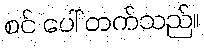
စင် ပေါ် တက်သည်။